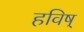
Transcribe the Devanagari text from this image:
हविष्